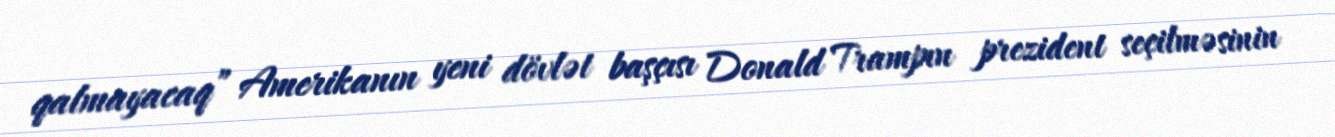
qalmayacaq” Amerikanın yeni dövlət başçısı Donald Trampın prezident seçilməsinin